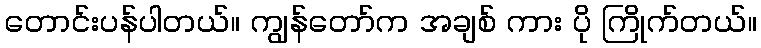
တောင်းပန်ပါတယ်။ ကျွန်တော်က အချစ် ကား ပို ကြိုက်တယ်။